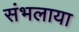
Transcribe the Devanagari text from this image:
संभलाया